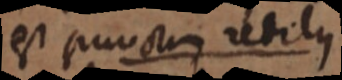
est punctum redilus